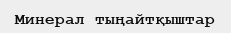
Минерал тыңайтқыштар